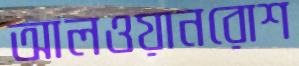
আলওয়ানরোশ